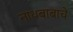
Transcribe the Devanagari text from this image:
नाथबाबाचे